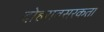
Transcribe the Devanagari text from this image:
दोहरावसरकता